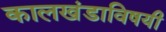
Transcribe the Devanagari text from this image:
कालखंडाविषयी